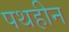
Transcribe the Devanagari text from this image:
पथहीन